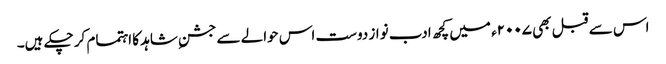
اس سے قبل بھی ۲۰۰۷ء میں کچھ ادب نواز دوست اس حوالے سے جشنِ شاہد کا اہتمام کر چکے ہیں۔